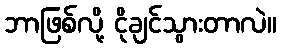
ဘာဖြစ်လို့ ငိုချင်သွားတာလဲ။